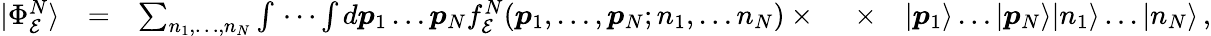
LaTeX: \begin{array}{rlrlr}{|\Phi_{\mathcal E}^{N}\rangle}&{=}&{\sum_{n_{1},\dots,n_{N}}\int\, \cdots\int d\boldsymbol{p}_{1}\dots\boldsymbol{p}_{N}f_{\mathcal E}^{N}(\boldsymbol{p}_{1},\dots,\boldsymbol{p}_{N};n_{1},\dots n_{N})\times\ }&{\times}&{|\boldsymbol{p}_{1}\rangle\dots|\boldsymbol{p}_{N}\rangle|n_{1}\rangle\dots|n_{N}\rangle\, ,}\end{array}